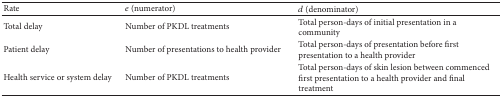
<table><thead><tr><td><b>Rate </b></td><td><b><i>e</i> (numerator) </b></td><td><b><i>d</i> (denominator) </b></td></tr></thead><tbody><tr><td>Total delay</td><td>Number of PKDL treatments</td><td>Total person-days of initial presentation in a community</td></tr><tr><td>Patient delay</td><td>Number of presentations to health provider</td><td>Total person-days of presentation before first presentation to a health provider</td></tr><tr><td>Health service or system delay</td><td>Number of PKDL treatments</td><td>Total person-days of skin lesion between commenced first presentation to a health provider and final treatment</td></tr></tbody></table>